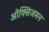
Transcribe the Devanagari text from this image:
ओक्सिजमन